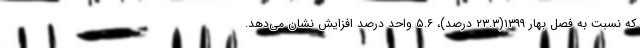
که نسبت به فصل بهار ١٣٩٩(٢٣.٣ درصد)، ٥.٦ واحد درصد افزایش نشان می‌دهد.